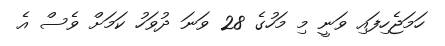
ހަމަޖެހިފައި ވަނީ މި މަހުގެ 28 ވަނަ ދުވަހު ކަމަށް ވެސް އެ